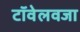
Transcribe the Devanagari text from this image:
टॉवेलवजा